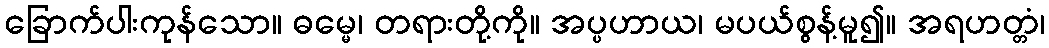
ခြောက်ပါးကုန်သော။ ဓမ္မေ၊ တရားတို့ကို။ အပ္ပဟာယ၊ မပယ်စွန့်မူ၍။ အရဟတ္တံ၊